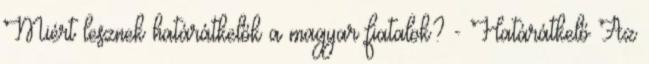
Miért lesznek határátkelők a magyar fiatalok? - Határátkelő Az